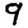
Digit: 9